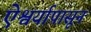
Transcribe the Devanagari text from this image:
ऐश्वर्यापासून